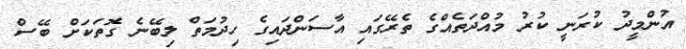
އުންމީދު ކުރަނީ ކުރު މުއްދަތެއްގެ ތެރޭގައި އާސަންދައިގެ ހިދުމަތް ލިބޭނެ ގޮތަކަށް ބޭސް